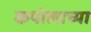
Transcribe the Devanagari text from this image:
कपोलाच्या